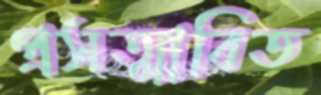
প্রসত্মাবিত